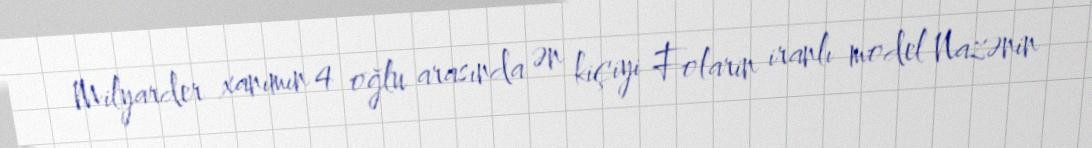
Milyarder xanımın 4 oğlu arasında ən kiçiyi Folarin iranlı model Nazənin